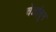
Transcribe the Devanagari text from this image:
चेन्नईतून